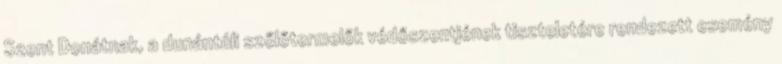
Szent Donátnak, a dunántúli szőlőtermelők védőszentjének tiszteletére rendezett esemény